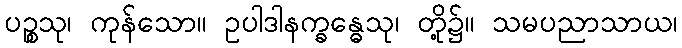
ပဉ္စသု၊ ကုန်သော။ ဥပါဒါနက္ခန္ဓေသု၊ တို့၌။ သမပညာသာယ၊